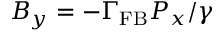
B _ { y } = - \Gamma _ { \mathrm { F B } } P _ { x } / \gamma